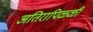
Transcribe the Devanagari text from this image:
अतिरापिळ्ळी